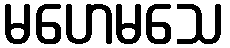
မဟေမသေ